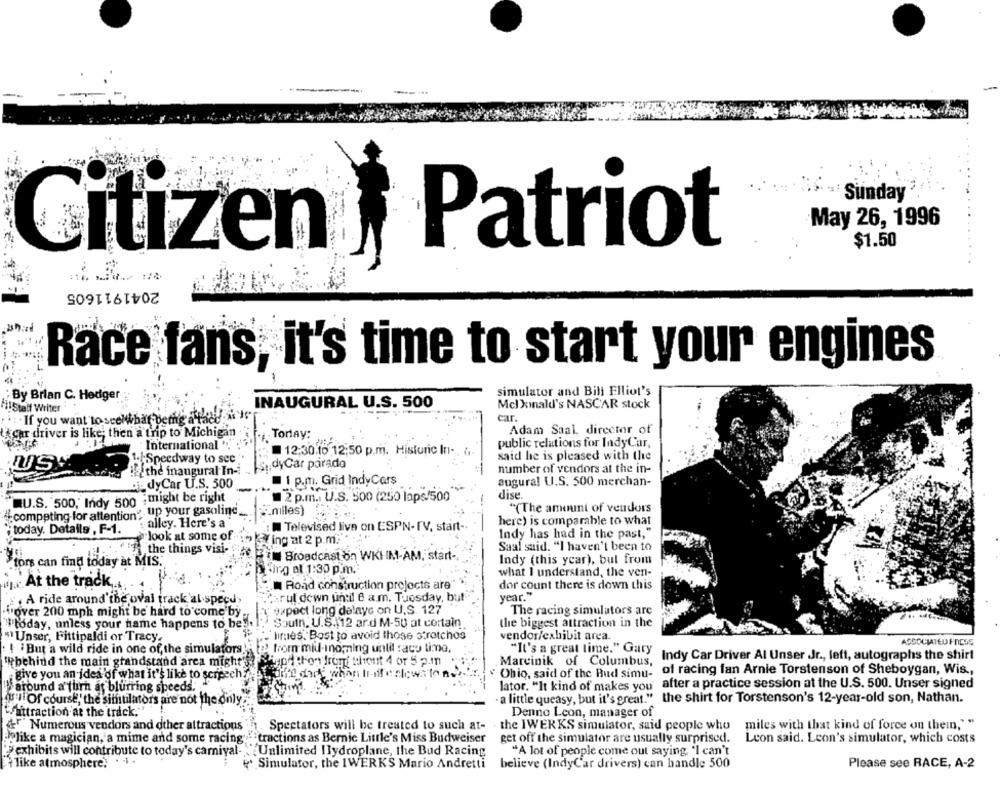
Sunday
May 26, 1996
Patriot
$1.50
Citizen
2041911605
Race fans, it's time to start your engines
4 :
simulator and Bili Elliot's
By Brian C. Hedger
INAUGURAL U.S. 500
Hi!Statt Writer
Mcl kmnald's NASCAR stock
. If you want to see what bemg a face A
car
car driver is like; then a trip to Michigan
Torlay:
Adam Saal, director of
public relations for IndyCar,
: International
12:30.19 12:50 p.m. Historic In-
1 .- Speedway to see
said he is pleased with the
US
dyCar parado
Bothe inaugural In-
number of vendors at the in-
1 p.m. Grid IndyCars
augural U.S. 500 merchan-
dj_ dy Car U.S. 500
2 p.m. U.S. 500 (250 laps/500"
dise.
"QU.S. 500,' Indy 500 ; might be right
#competing-for attention" up your gasoline,
nilles)
"(The amount of vendors
here) is comparable to what
today. Details , F-1.
alley. Here's a
Televised Jive on ESPN- IV, start-
look at some of
Indy has had in the past,"
ing at 2 p.m.
Saal said. "I haven't been to
,the things visi-
tors can find today at MIS.
2IN Broadcast on WKIM-AM, start-
Indy (this year), but from
King el 1:30 p.m.
what I understand, the ven-
. At the track,
Road construction projects are
dor count there is down this
A ride around the oval track al specu
ruf down until e a.m. Tuesday, but
year."
expect long delaye on U.S. 127
wover 200 mph might be hard to come by
The racing simulators are
"#today, unless your name happens to be".
Soulh. U.S. 12 ar.d M-50 at cortain.
the biggest attraction in the
" Unser, Fittipaldi or Tracy.
lines. Bost to avoid those strotchos
vendor/exhibit area.
ASSOCIATED PRESS
: { 'But a wild ride in one of, the simulators!
from mid-inomning until racu time,
"It's a great time." Gary
Indy Car Driver Al Unser Jr ., lett, autographs the shirt
behind the main grandstand arca might's?
Marcinik of Columbus,
of racing fan Arnie Torstenson of Sheboygan, Wis .,
give you an idea of what it's like to screech
inte dort
" Ohio, said of the Bud simu-
Waround a turn as blurring speeds.
lator. "It kind of makes you' after a practice session at the U.S. 500. Unser signed
asyl Of course, the sithtilators are not the di
· a little queasy, but it's great." the shirt for Torstenson's 12-year-old son, Nathan.
Cattraction at the track.
Denno Leon, manager of
&"" Numerous vendors and other attractions .. . Spectators will be treated to such at-
the IWERKS simulator, said people who
miles with that kind of force on thein," "
like a magician,'a mime and some racing ... "tractions as Bernie Little's Miss Budweiser
get off the simulator are usually surprised.
Leon said. Leon's simulator, which costs
"exhibits will contribute to today's carnival- Unlimited Ilydroplane, the Bud Racing
"A lot of people come out saying, 'I can't
{ like atmosphere?
" Simulator, the IWERKS Mario Andretti
believe (IndyCar drivers) can handle 500
Please see RACE, A-2